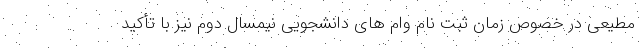
مطیعی در خصوص زمان ثبت نام وام های دانشجویی نیمسال دوم نیز با تأکید